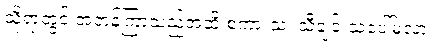
သို့ရာတွင် အတန်ကြာသည်အထိ စကားသံ၊ သီချင်းသံပေါ်မလာ။